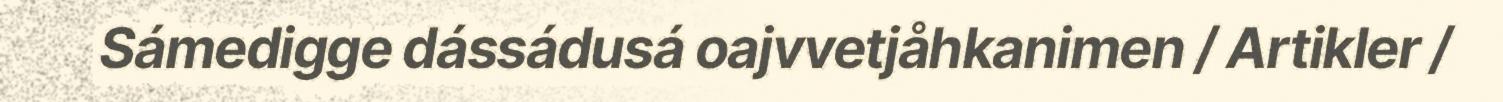
Sámedigge dássádusá oajvvetjåhkanimen / Artikler /